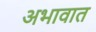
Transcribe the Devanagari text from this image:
अभावात